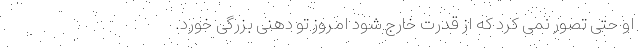
او حتی تصور نمی کرد که از قدرت خارج شود امروز تو دهنی بزرگی خورد.